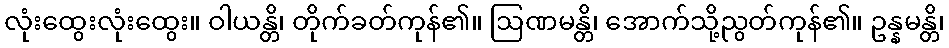
လုံးထွေးလုံးထွေး။ ဝါယန္တိ၊ တိုက်ခတ်ကုန်၏။ ဩဏမန္တိ၊ အောက်သို့ညွတ်ကုန်၏။ ဥန္နမန္တိ၊